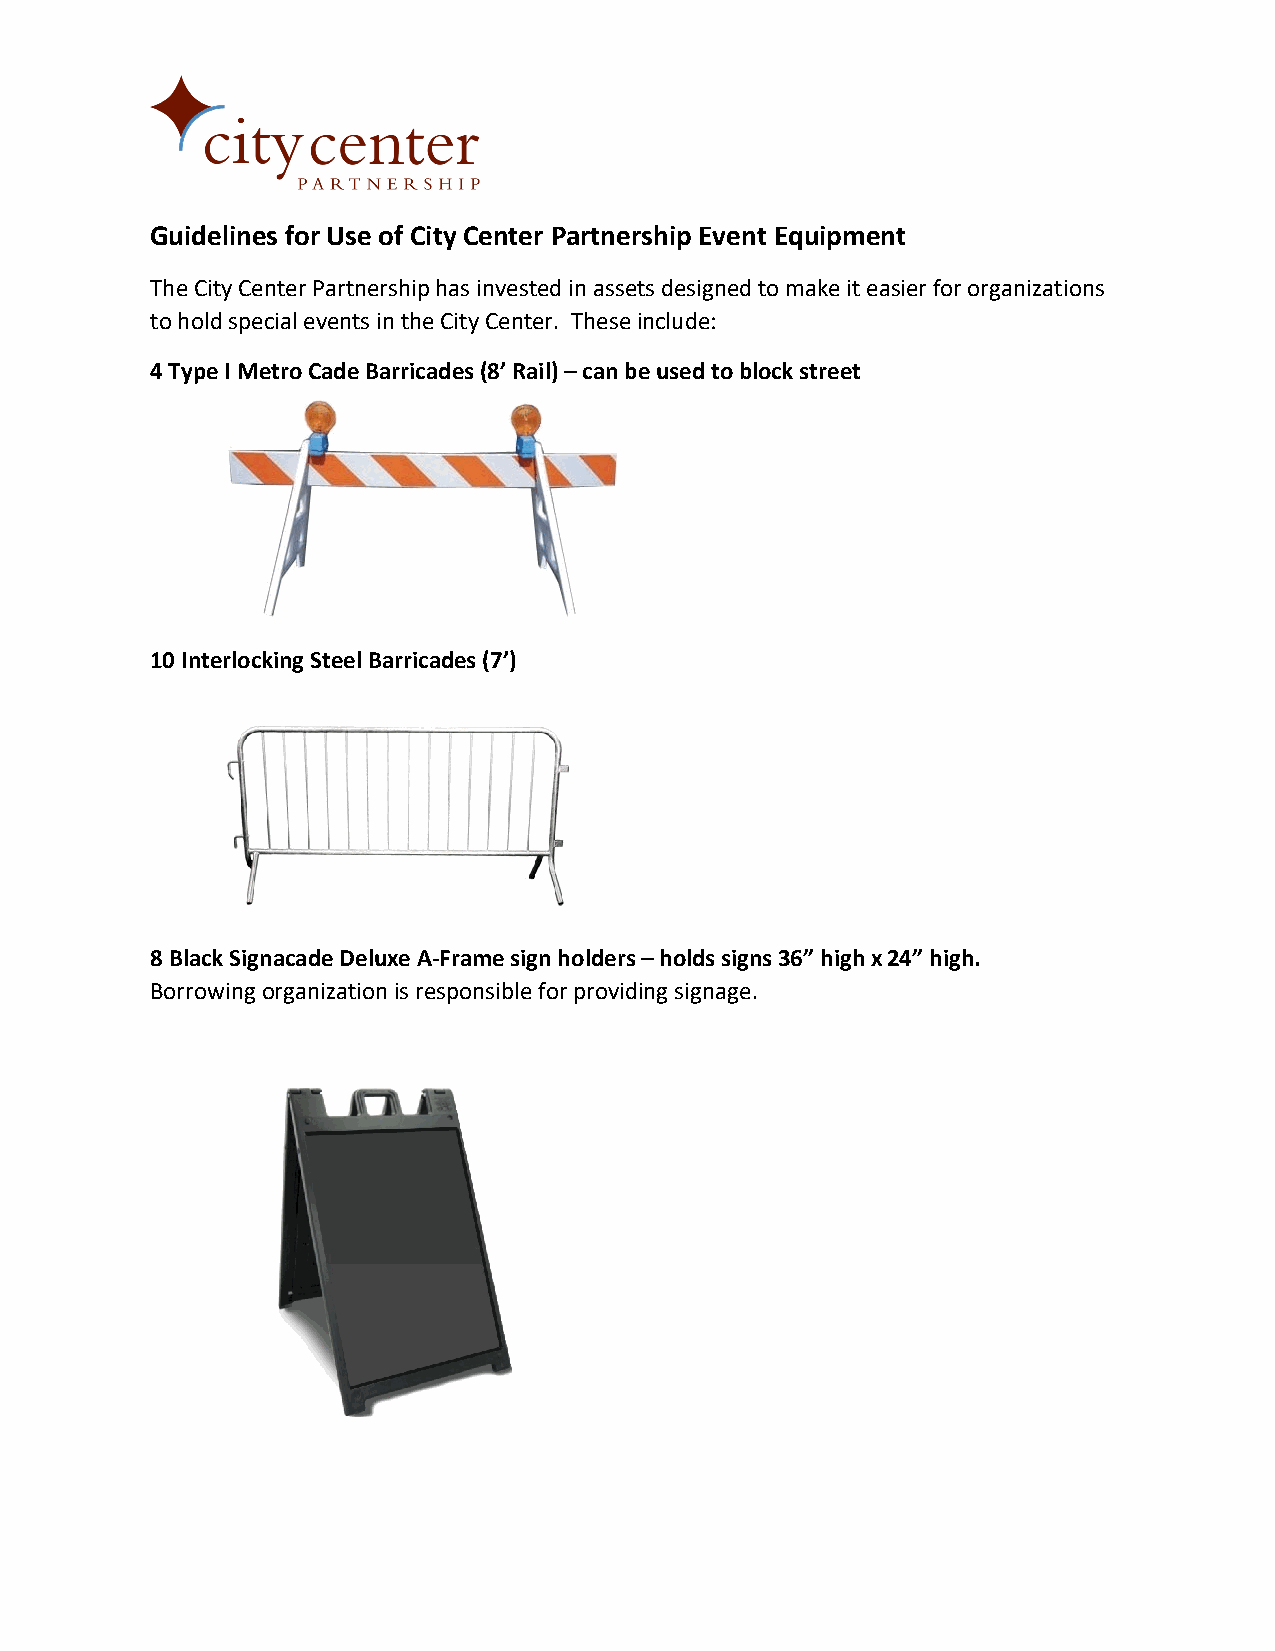
Guidelines for Use of City Center Partnership Event Equipment
 The City Center Partnership has invested in assets designed to make it easier for organizations
 to hold special events in the City Center. These include:
 4 Type I Metro Cade Barricades (8’ Rail) – can be used to block street
 10 Interlocking Steel Barricades (7’)
 8 Black Signacade Deluxe A-Frame sign holders – holds signs 36” high x 24” high.
 Borrowing organization is responsible for providing signage.